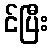
င်ပြီး